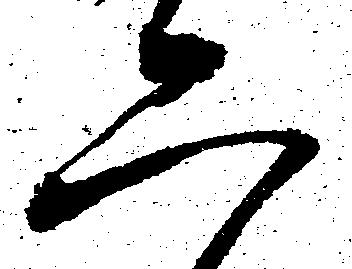
二